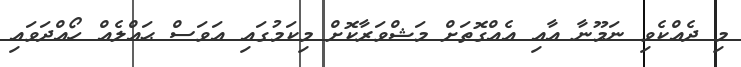
މި ދެއްކެވި ނަމޫނާ އާއި އެއްގޮތަށް މަޝްވަރާކޮށް މިކަމުގައި އަވަސް ޙައްލެއް ހޯއްދަވައި